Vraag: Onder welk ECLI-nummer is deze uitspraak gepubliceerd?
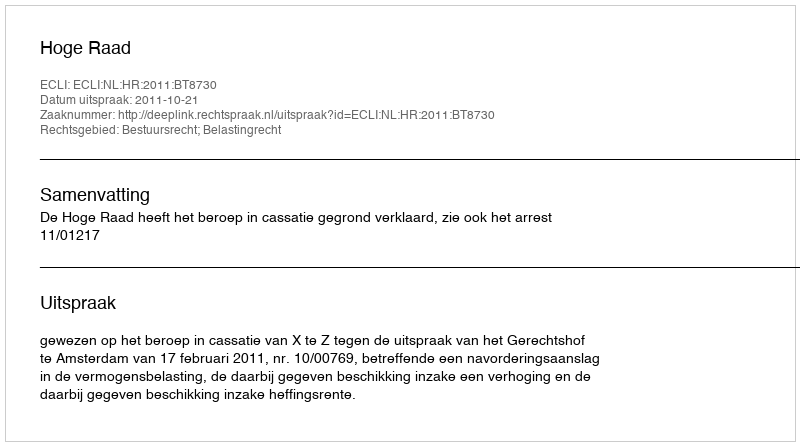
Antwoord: ECLI:NL:HR:2011:BT8730